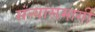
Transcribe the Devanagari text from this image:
संन्यासमार्गी